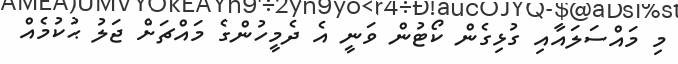
މި މައްސަލައާއި ގުޅިގެން ކޯޓުން ވަނީ އެ ދެމީހުންގެ މައްޗަށް ޖަލު ޙުކުމެއް